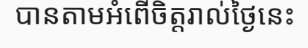
បានតាមអំពើចិត្តរាល់ថ្ងៃនេះ